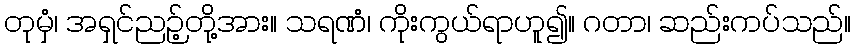
တုမှံ၊ အရှင်ညဉ့်တို့အား။ သရဏံ၊ ကိုးကွယ်ရာဟူ၍။ ဂတာ၊ ဆည်းကပ်သည်။